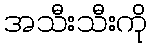
အသီးသီးကို